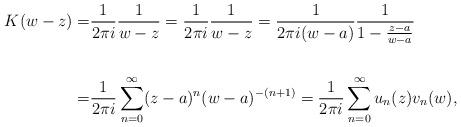
LaTeX: \begin{align*}K(w-z) = & \frac{1}{2\pi i} \frac{1}{w-z} = \frac{1}{2\pi i} \frac{1}{w-z} = \frac{1}{2\pi i (w-a)} \frac{1}{1-\frac{z-a}{w-a}} \\\\ = & \frac{1}{2\pi i } \sum_{n=0}^{\infty} (z-a)^n(w-a)^{-(n+1)} = \frac{1}{2\pi i } \sum_{n=0}^{\infty} u_n(z)v_n(w), \end{align*}